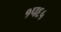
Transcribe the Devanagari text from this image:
१प६५